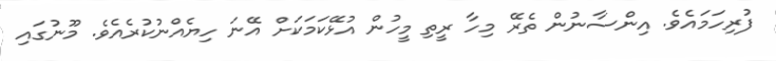
ފުރިހަމައެވެ. އިންސާނުން ތެރޭ މިހާ ރީތި މީހުން އުޅޭކަމަކަށް އޭނަ ހިޔެއްނުކުރެއެވެ. މޫނުގައި